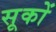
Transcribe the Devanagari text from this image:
सूकों